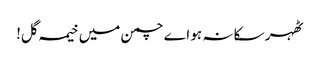
ٹھہر سکا نہ ہو اے چمن میں خیمہ گل!